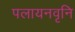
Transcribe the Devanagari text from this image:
पलायनवृनि